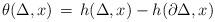
LaTeX: \begin{align*} \theta(\Delta,x) \, = \, h(\Delta,x) - h(\partial \Delta,x) \end{align*}